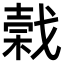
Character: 𢧣